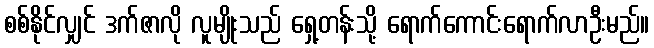
စစ်နိုင်လျှင် ဒက်ဇာလို လူမျိုးသည် ရှေ့တန်းသို့ ရောက်ကောင်းရောက်လာဦးမည်။